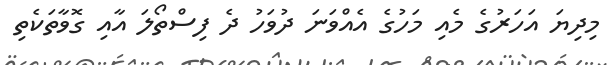
މިދިޔަ އަހަރުގެ މެއި މަހުގެ އެއްވަނަ ދުވަހު ދެ ފިސްތޯލަ އާއި ގޮވާތަކެތި